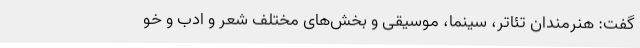
گفت: هنرمندان تئاتر، سینما، موسیقی و بخش‌های مختلف شعر و ادب و خو